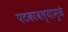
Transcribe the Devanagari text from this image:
पटकावल्यामुळे